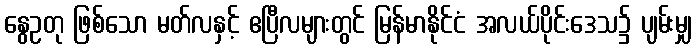
နွေဥတု ဖြစ်သော မတ်လနှင့် ဧပြီလများတွင် မြန်မာနိုင်ငံ အလယ်ပိုင်းဒေသ၌ ပျမ်းမျှ